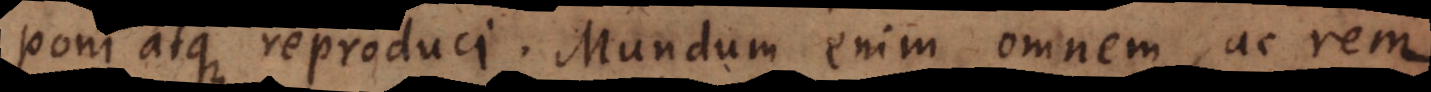
poni atque reproduci. Mundum enim omnem, ac rem